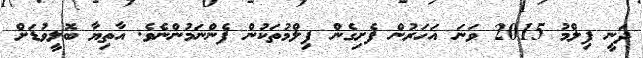
ދަނީ ފިލްމު 2015 ވަނަ އަހަރުން ފެށިގެން ފިލްމުތަކުން ފެންނަމުންނެވެ. އާތިޔާ ބޮލީވުޑަށް